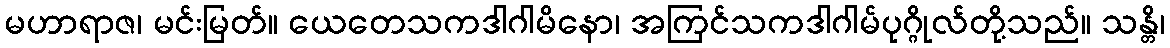
မဟာရာဇ၊ မင်းမြတ်။ ယေတေသကဒါဂါမိနော၊ အကြင်သကဒါဂါမ်ပုဂ္ဂိုလ်တို့သည်။ သန္တိ၊